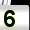
Digit: 5